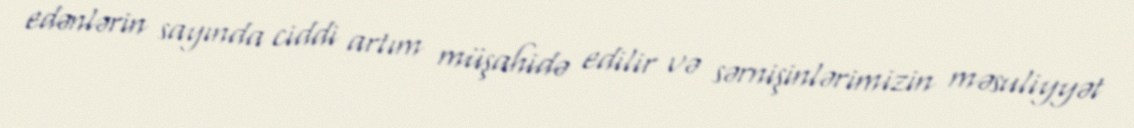
edənlərin sayında ciddi artım müşahidə edilir və sərnişinlərimizin məsuliyyət